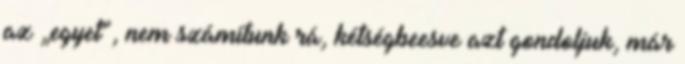
az „egyet”, nem számítunk rá, kétségbeesve azt gondoljuk, már